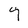
Character: 9